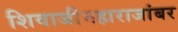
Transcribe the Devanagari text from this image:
शिवाजीमहाराजांबर